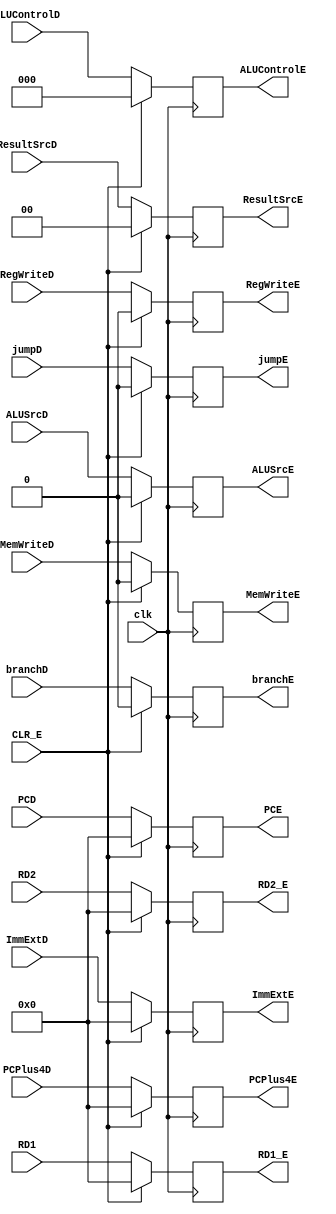
`timescale 1ns / 1ps
//////////////////////////////////////////////////////////////////////////////////
// Company: 
// Engineer: 
// 
// Design Name: 
// Module Name: Decode_register
// Project Name: 
// Target Devices: 
// Tool Versions: 
// Description: 
// 
// Dependencies: 
// 
// Revision:
// Revision 0.01 - File Created
// Additional Comments:
// 
//////////////////////////////////////////////////////////////////////////////////


module Decode_register(
input clk,
input CLR_E,
input RegWriteD,MemWriteD,jumpD,branchD,ALUSrcD,
input [1:0] ResultSrcD,
input [2:0] ALUControlD,
input [31:0] RD1,RD2,PCD,ImmExtD,PCPlus4D,
output reg RegWriteE,MemWriteE,jumpE,branchE,ALUSrcE,
output reg [1:0] ResultSrcE,
output reg [2:0] ALUControlE,
output reg [31:0] RD1_E,RD2_E,PCE,ImmExtE,PCPlus4E
    );
    
    always @(posedge clk)
    begin
        if(CLR_E)
        begin
            RegWriteE <= 1'b0;
            MemWriteE <= 1'b0;
            jumpE <= 1'b0;
            branchE <= 1'b0;
            ALUSrcE <= 1'b0;
            ResultSrcE <= 2'b0;
            ALUControlE <= 3'b0;
            
            RD1_E <= 32'b0;
            RD2_E <= 32'b0;
            PCE <= 32'b0;
            ImmExtE <= 32'b0;
            PCPlus4E <= 32'b0;
        end
        else begin
            RegWriteE <= RegWriteD;
            MemWriteE <= MemWriteD;
            jumpE <= jumpD;
            branchE <= branchD;
            ALUSrcE <= ALUSrcD;
            ResultSrcE <= ResultSrcD;
            ALUControlE <= ALUControlD;
                    
            RD1_E <= RD1;
            RD2_E <= RD2;
            PCE <= PCD;
            ImmExtE <= ImmExtD;
            PCPlus4E <= PCPlus4D;
        end
    end
    
endmodule